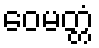
ဝေမတ္တံ